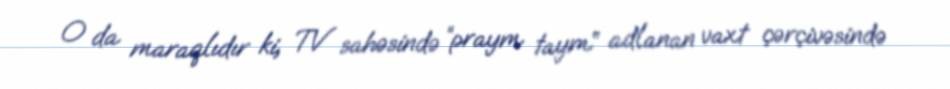
O da maraqlıdır ki, TV sahəsində “praym taym” adlanan vaxt çərçivəsində